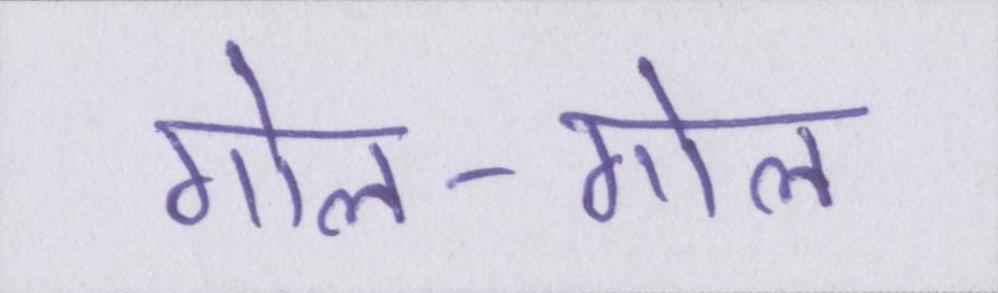
गोल-गोल